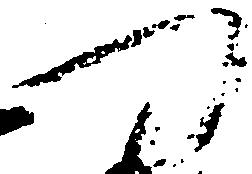
つ